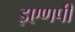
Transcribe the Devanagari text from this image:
इएणपी